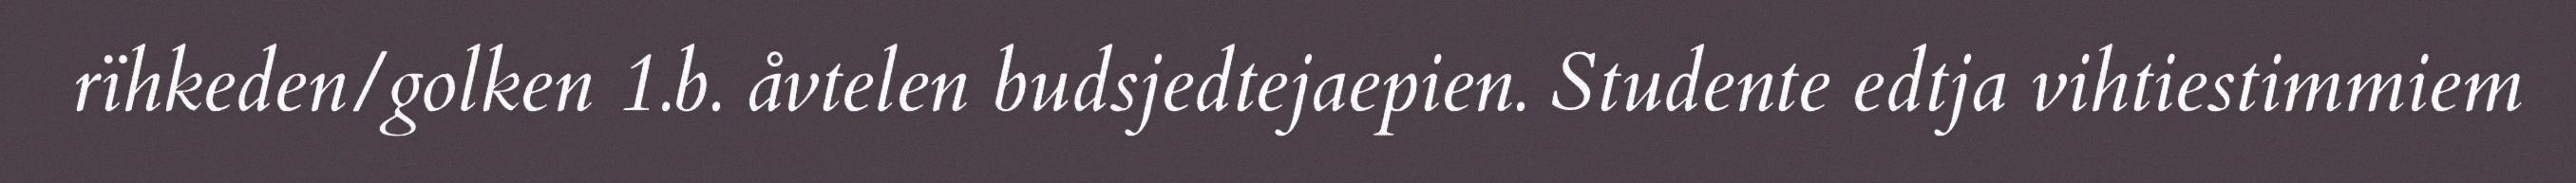
rïhkeden/golken 1.b. åvtelen budsjedtejaepien. Studente edtja vihtiestimmiem